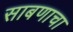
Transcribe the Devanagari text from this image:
साबणाचा